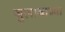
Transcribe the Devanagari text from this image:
जुलाबाच्या